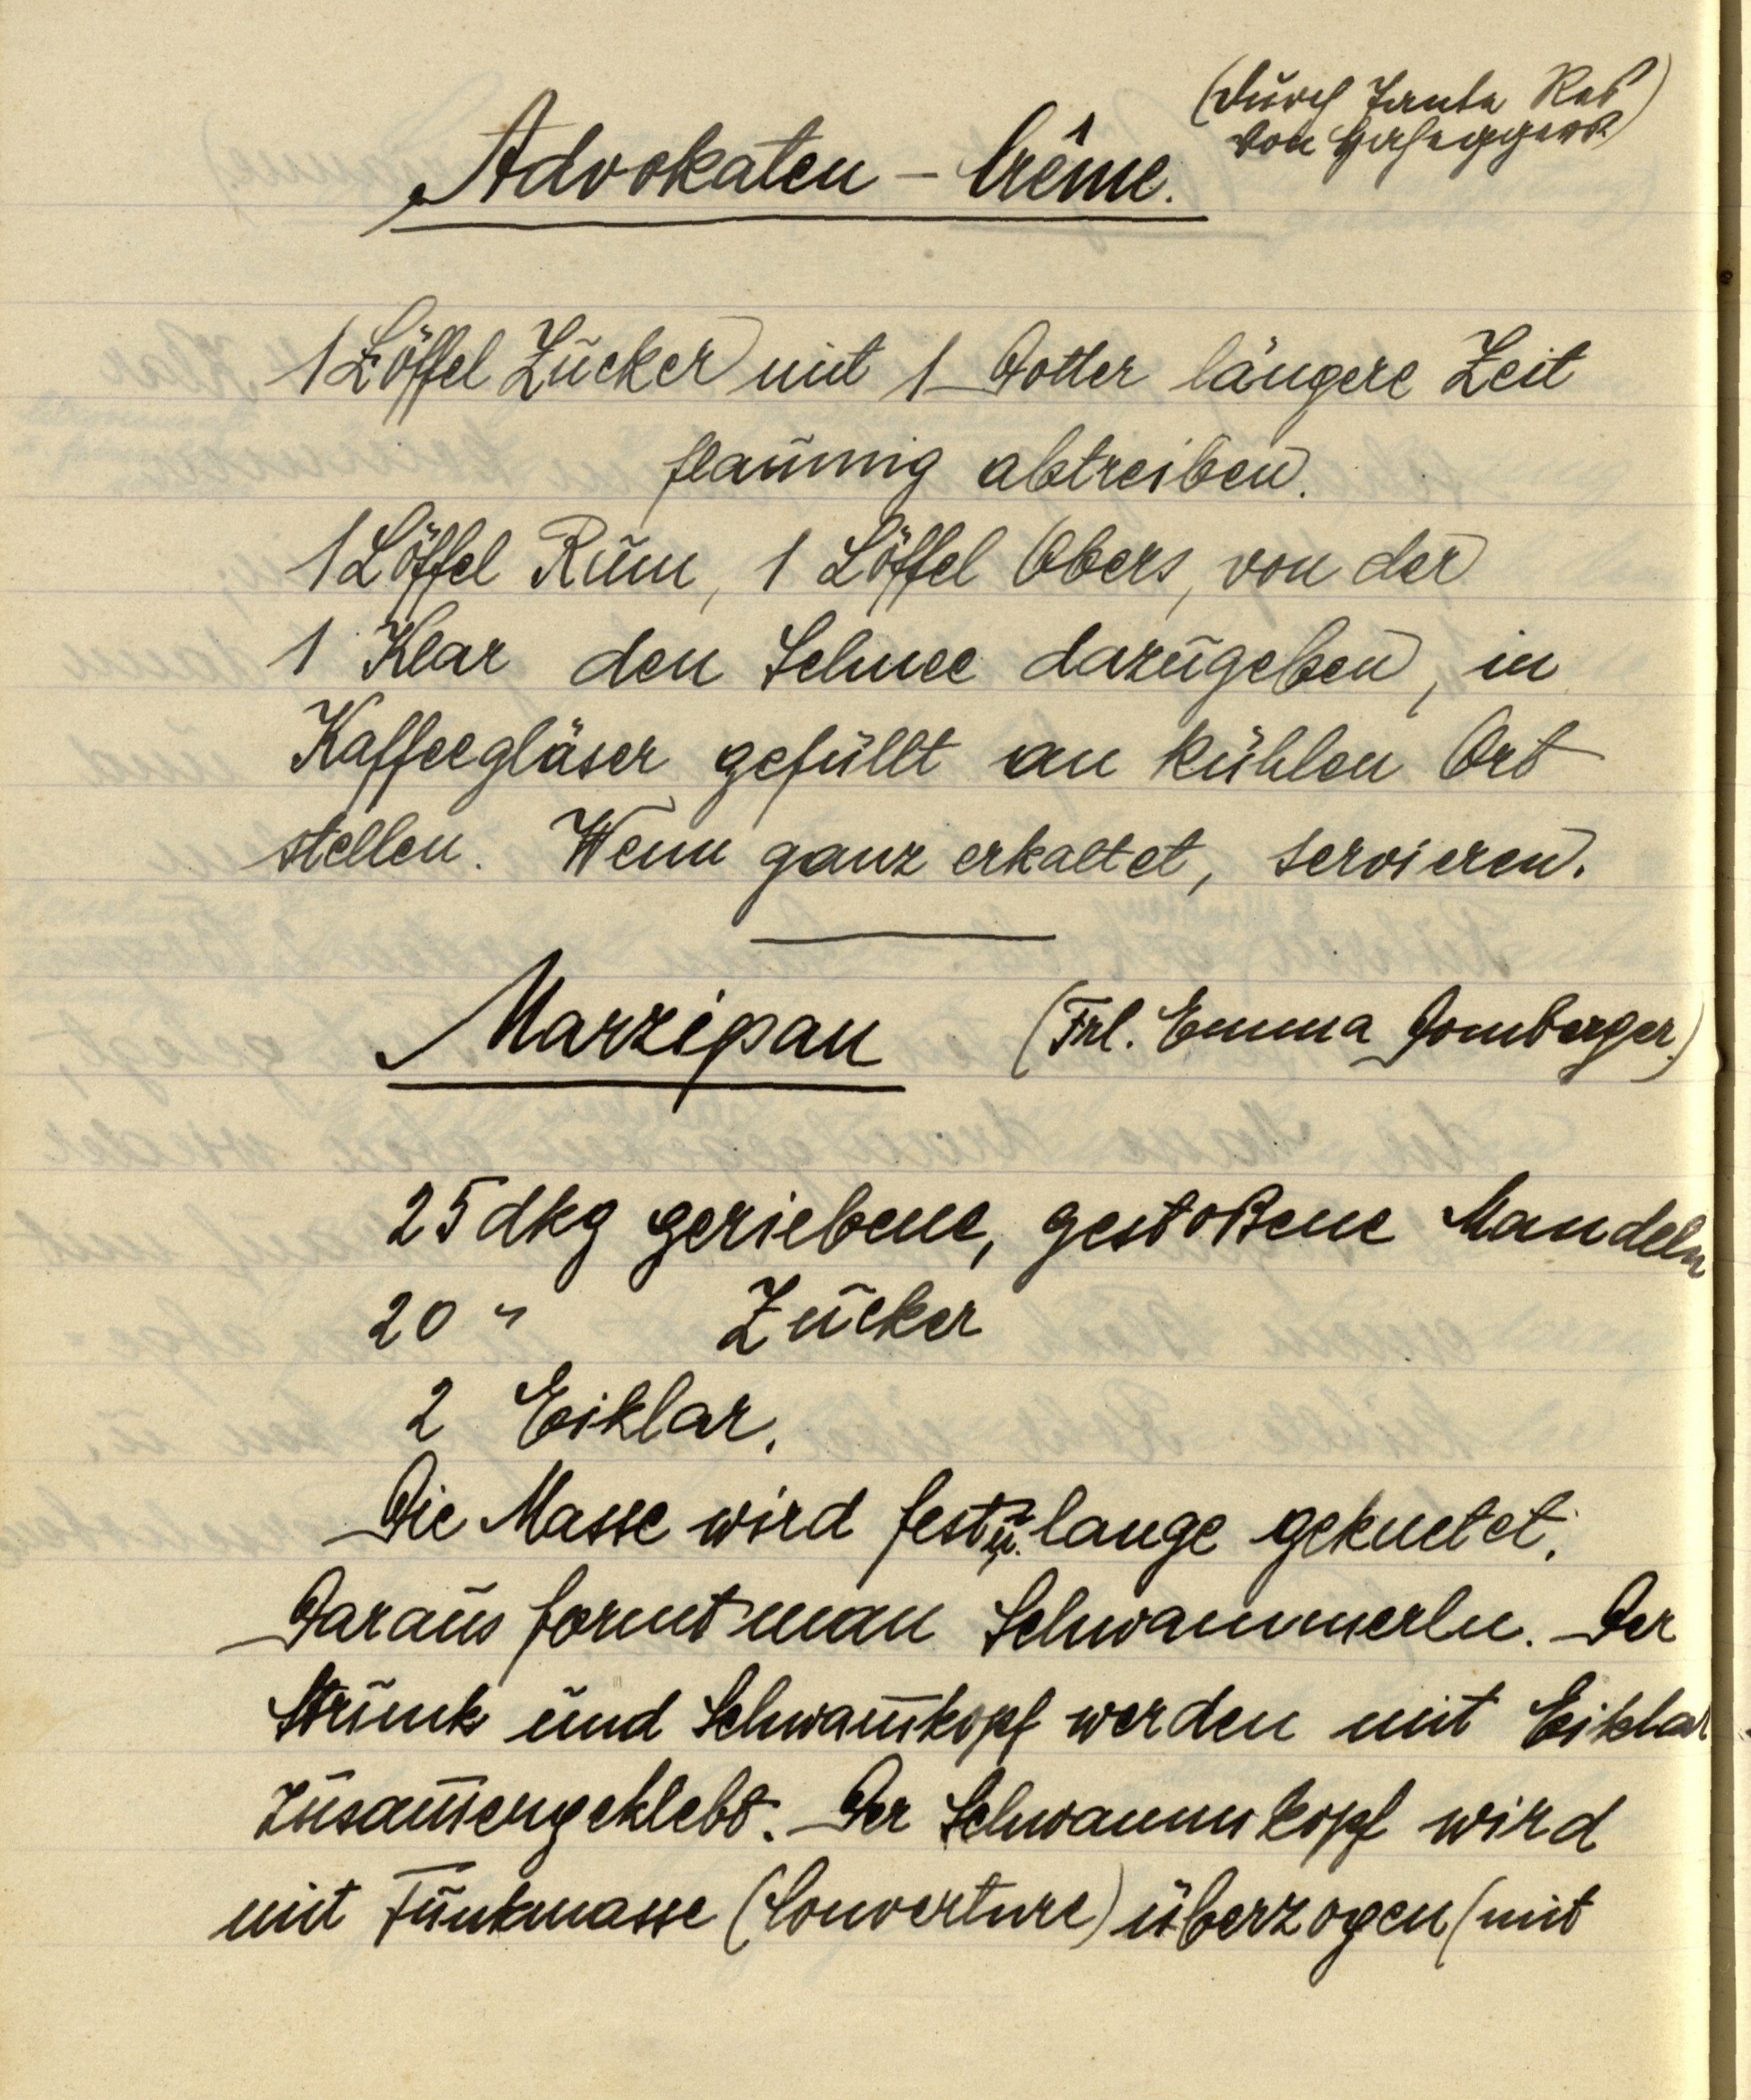
Advokaten — Crême.

1 Löffel Zucker mit 1 Dotter längere Zeit
flaumig abtreiben.
1 Löffel Rum, 1 Löffel Obers, von der
1 Klar den Schnee dazugeben, in
Kaffeegläser gefüllt an kühlen Ort
stellen. Wenn ganz erkaltet, servieren.

(durch Tante Res
von Haseggers.)

Marzipan (Frl. Emma Gomberger.)

25 dkg geriebene, gestoßene Mandeln
20 " Zucker
2 Eiklar.
Die Masse wird fest u. lange geknetet.
Daraus formt man Schwammerln. Der
Strunk und Schwammkopf werden mit Eiklar
zusammengeklebt. Der Schwammkopf wird
mit Tunkmasse (Couverture) überzogen (mit